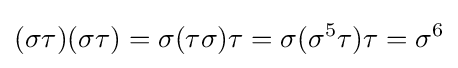
(\sigma \tau )(\sigma \tau )=\sigma (\tau \sigma )\tau =\sigma (\sigma ^{5}\tau )\tau =\sigma ^{6}